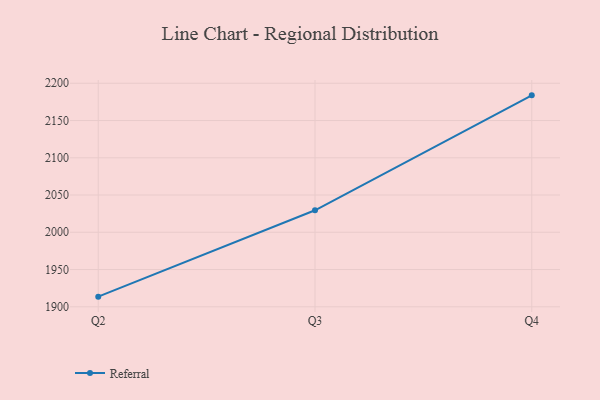
{"axis": {"x": "Quarter", "y": "Market Share (%)"}, "legend": ["Referral"], "data": [{"x": "Q2", "y": 1913.6, "type": "Referral"}, {"x": "Q3", "y": 2029.5, "type": "Referral"}, {"x": "Q4", "y": 2183.8, "type": "Referral"}]}